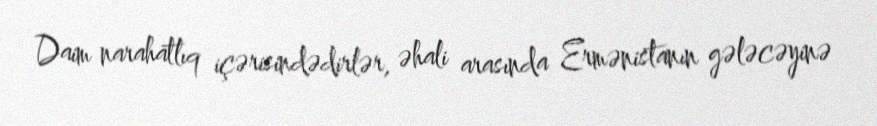
Daim narahatlıq içərisindədirlər, əhali arasında Ermənistanın gələcəyinə